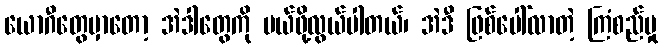
ယောဂီတွေမှာတော့ အဲဒါတွေကို ပယ်ဖို့လွယ်ပါတယ်၊ အဲဒီ ဖြစ်ပေါ်လာတဲ့ ကြံစည်မှု